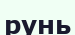
рунь